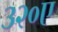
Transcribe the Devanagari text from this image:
३२०ए